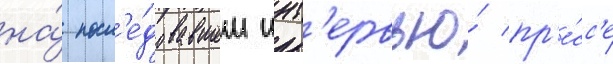
на́ посл'е́довавшем инт'ервью́ пр'е́сс'е